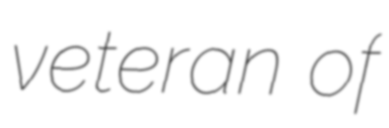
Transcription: veteran of